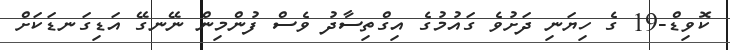
ކޮވިޑް-19 ގެ ހިޔަނި ދަށުވެ ގައުމުގެ އިގްތިސާދު ވެސް ފުންމިން ނޭނގޭ އަޑިގަނޑަކަށް